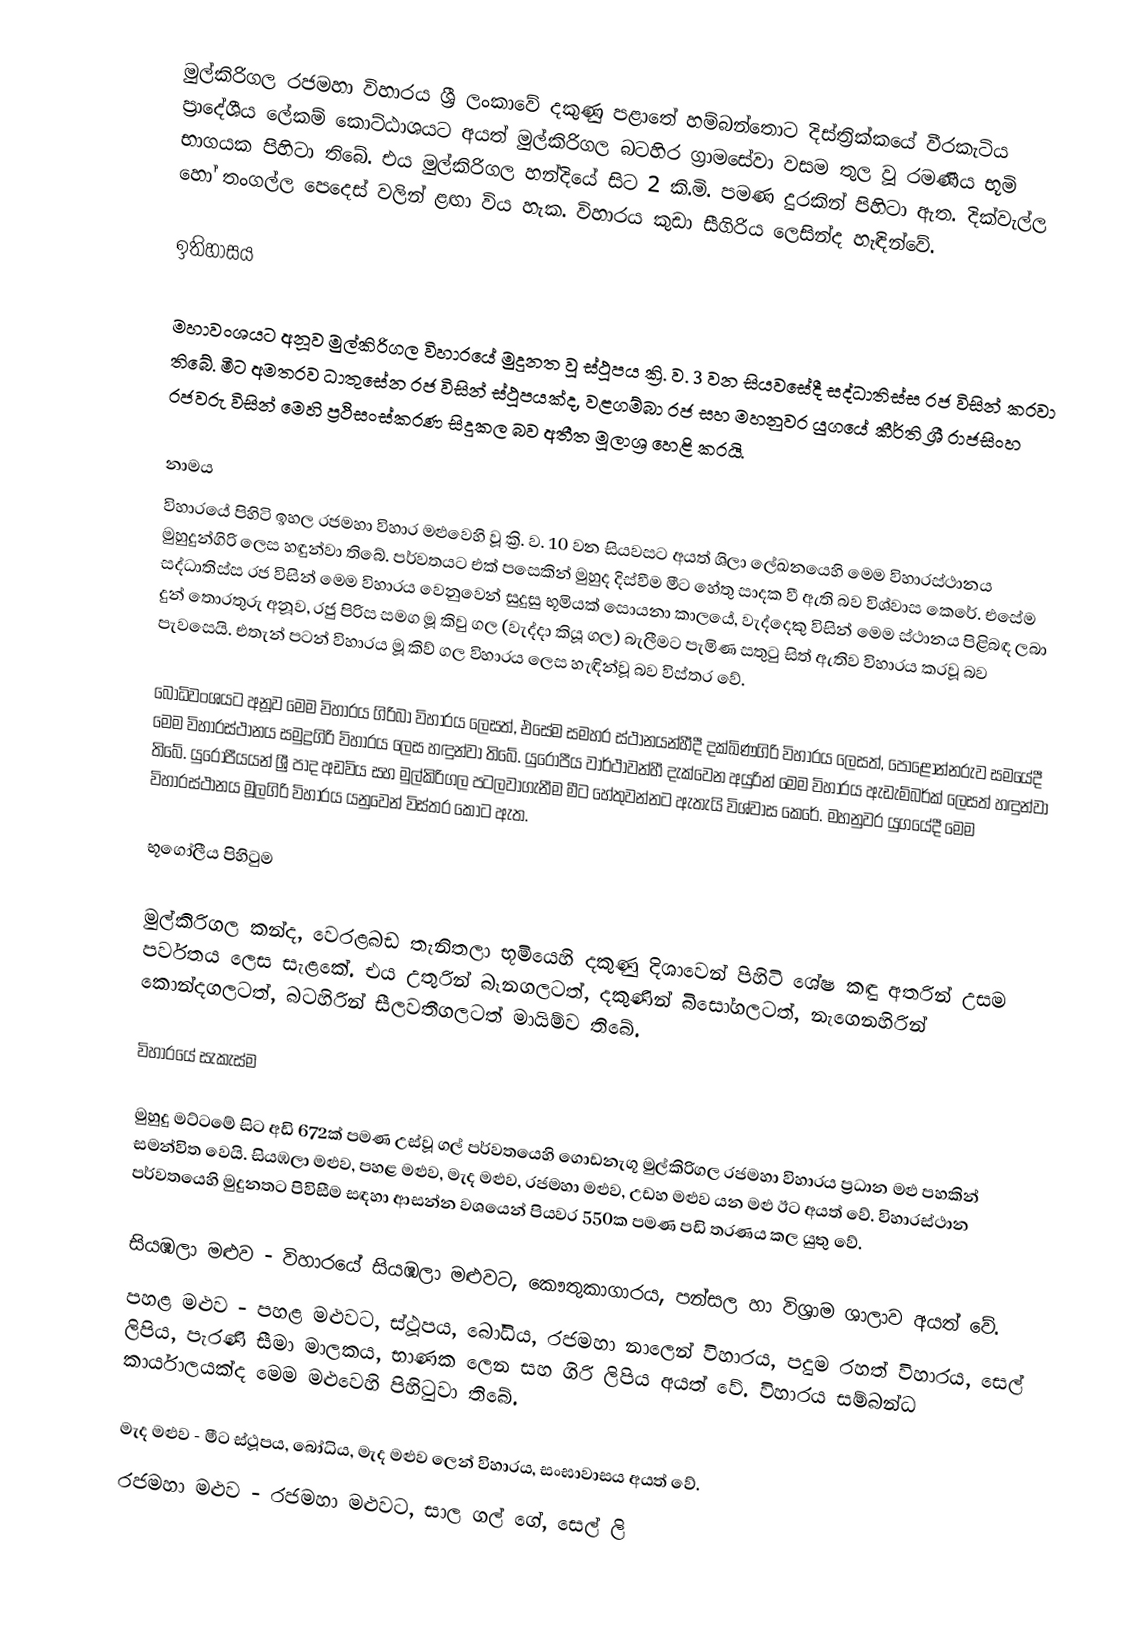
මුල්කිරිගල රජමහා විහාරය ශ්‍රී ලංකාවේ දකුණු පළාතේ හම්බන්තොට දිස්ත්‍රික්කයේ වීරකැටිය ප්‍රාදේශීය ලේකම් කොට්ඨාශයට අයත් මුල්කිරිගල බටහිර ග්‍රාමසේවා වසම තුල වූ රමණීය භූමි භාගයක පිහිටා තිබේ. එය මුල්කිරිගල හන්දියේ සිට 2 කි.මි. පමණ දුරකින් පිහිටා ඇත. දික්වැල්ල හෝ තංගල්ල පෙදෙස් වලින් ළඟා විය හැක. විහාරය කුඩා සීගිරිය ලෙසින්ද හැඳින්වේ.

ඉතිහාසය

මහාවංශයට අනූව මුල්කිරිගල විහාරයේ මුදුනත වූ ස්ථූපය ක්‍රි. ව. 3 වන සියවසේදී සද්ධාතිස්ස රජ විසින් කරවා තිබේ. මීට අමතරව ධාතුසේන රජ විසින් ස්ථූපයක්ද, වළගම්බා රජ සහ මහනුවර යුගයේ කීර්ති ශ්‍රී රාජසිංහ රජවරු විසින් මෙහි ප්‍රථිසංස්කරණ සිදුකල බව අතීත මූලාශ්‍ර හෙළි කරයි.

නාමය
විහාරයේ පිහිටි ඉහල රජමහා විහාර මළුවෙහි වූ ක්‍රි. ව. 10 වන සියවසට අයත් ශිලා ලේඛනයෙහි මෙම විහාරස්ථානය මුහුදුන්ගිරි ලෙස හඳුන්වා තිබේ. පර්වතයට එක් පසෙකින් මුහුද දිස්වීම මීට හේතු සාදක වී ඇති බව විශ්වාස කෙරේ. එසේම සද්ධාතිස්ස රජ විසින් මෙම විහාරය වෙනුවෙන් සුදුසු භූමියක් සොයනා කාලයේ, වැද්දෙකු විසින් මෙම ස්ථානය පිළිබඳ ලබා දුන් තොරතුරු අනූව, රජු පිරිස සමග මූ කිවු ගල (වැද්දා කියූ ගල) බැලීමට පැමිණ සතුටු සිත් ඇතිව විහාරය කරවූ බව පැවසෙයි. එතැන් පටන් විහාරය මූ කිව් ගල විහාරය ලෙස හැඳින්වූ බව විස්තර වේ.

බෝධිවංශයට අනූව මෙම විහාරය ගිරිබා විහාරය ලෙසත්, එසේම සමහර ස්ථානයන්හීදී දක්ඛිණගිරි විහාරය ලෙසත්, පොළොන්නරුව සමයේදී මෙම විහාරස්ථානය සමුද්‍රගිරි විහාරය ලෙස හඳුන්වා තිබේ. යුරෝපීය වාර්ථාවන්හී දැක්වෙන අයුරින් මෙම විහාරය ඇඩැම්බර්ක් ලෙසත් හඳුන්වා තිබේ. යුරෝපීයයන් ශ්‍රී පාද අඩවිය සහ මුල්කිරිගල පටලවාගැනීම මීට හේතුවන්නට ඇතැයි විශ්වාස කෙරේ. මහනුවර යුගයේදී මෙම විහාරස්ථානය මූලගිරි විහාරය යනුවෙන් විස්තර කොට ඇත.

භූගෝලීය පිහිටුම

මුල්කිරිගල කන්ද, වෙරළබඩ තැනිතලා භූමියෙහි දකුණු දිශාවෙන් පිහිටි ශේෂ කඳු අතරින් උසම පර්වතය ලෙස සැළකේ. එය උතුරින් බෑනගලටත්, දකුණින් බිසෝගලටත්, නැගෙනහිරින් කොන්දගලටත්, බටහිරින් සීලවතීගලටත් මායිම්ව තිබේ.

විහාරයේ සැකැස්ම

මුහුදු මට්ටමේ සිට අඩි 672ක් පමණ උස්වූ ගල් පර්වතයෙහි ගොඩනැගූ මුල්කිරිගල රජමහා විහාරය ප්‍රධාන මළු පහකින් සමන්විත වෙයි. සියඹලා මළුව, පහළ මළුව, මැද මළුව, රජමහා මළුව, උඩහ මළුව යන මළු ඊට අයත් වේ. විහාරස්ථාන පර්වතයෙහි මුදුනතට පිවිසීම සඳහා ආසන්න වශයෙන් පියවර 550ක පමණ පඩි තරණය කල යුතු වේ.

සියඹලා මළුව - විහාරයේ සියඹලා මළුවට, කෞතුකාගාරය, පන්සල හා විශ්‍රාම ශාලාව අයත් වේ.
පහළ මළුව - පහළ මළුවට, ස්ථූපය, බෝධිය, රජමහා නාලෙන් විහාරය, පදුම රහත් විහාරය, සෙල් ලිපිය, පැරණි සීමා මාලකය, භාණක ලෙන සහ ගිරි ලිපිය අයත් වේ. විහාරය සම්බන්ධ කාර්යාලයක්ද මෙම මළුවෙහි පිහිටුවා තිබේ.

මැද මළුව - මීට ස්ථූපය, බෝධිය, මැද මළුව ලෙන් විහාරය, සංඝාවාසය අයත් වේ.
රජමහා මළුව - රජමහා මළුවට, සාල ගල් ගේ, සෙල් ලි